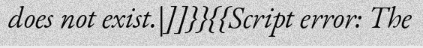
does not exist.|]]}}{{Script error: The